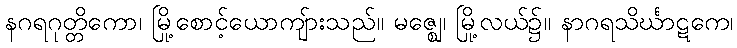
နဂရဂုတ္တိကော၊ မြို့စောင့်ယောကျ်ားသည်။ မဇ္ဈေ၊ မြို့လယ်၌။ နာဂရသိင်္ဃာဋကေ၊